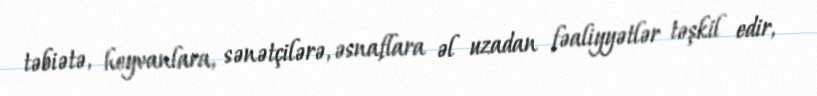
təbiətə, heyvanlara, sənətçilərə, əsnaflara əl uzadan fəaliyyətlər təşkil edir,